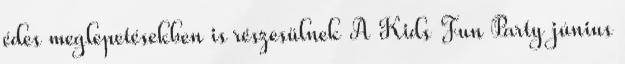
édes meglepetésekben is részesülnek A Kids Fun Party június